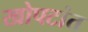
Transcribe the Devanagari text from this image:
खोपटांत